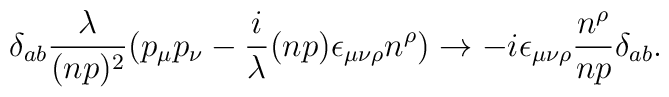
\delta_{ab} {\lambda \over (np)^2}(p_\mu p_\nu - {i\over \lambda} (np)\epsilon_{\mu\nu\rho} n^\rho )  \rightarrow-i \epsilon_{\mu\nu\rho} {n^\rho \over n p} \delta_{ab}.